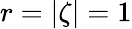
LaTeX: r=\lvert\zeta\vert=1